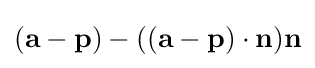
(\mathbf {a} -\mathbf {p} )-((\mathbf {a} -\mathbf {p} )\cdot \mathbf {n} )\mathbf {n}